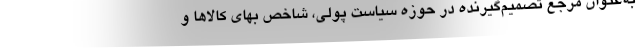
به‌عنوان مرجع تصمیم‌گیرنده در حوزه سیاست پولی، شاخص بهای کالاها و